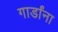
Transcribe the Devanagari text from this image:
गार्डांना